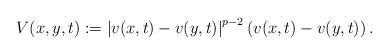
\begin{align*}V(x,y,t):=\left|v(x,t)-v(y,t)\right|^{p-2}\left(v(x,t)-v(y,t)\right).\end{align*}